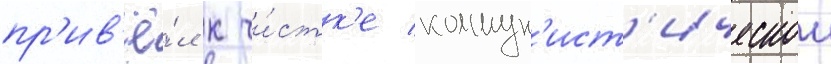
пр'ив'ё́л к чи́стк'е коммун'ист'ическои